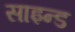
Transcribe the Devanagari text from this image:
साइन्ड